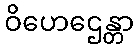
ဝိဟေဌေန္တာ